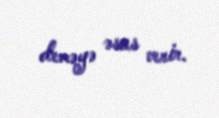
deməyə əsas verir.